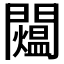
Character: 𨷐